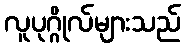
လူပုဂ္ဂိုလ်များသည်